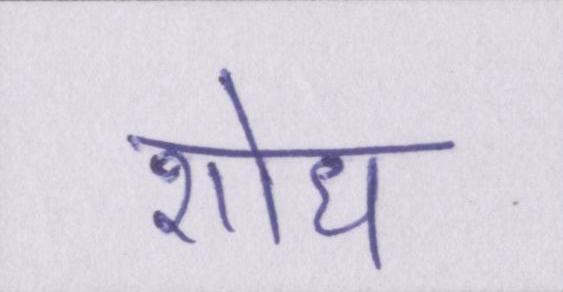
शोध